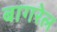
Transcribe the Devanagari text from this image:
बागरेल